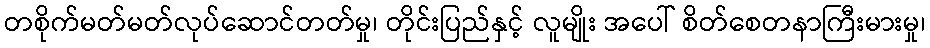
တစိုက်မတ်မတ်လုပ်ဆောင်တတ်မှု၊ တိုင်းပြည်နှင့် လူမျိုး အပေါ် စိတ်စေတနာကြီးမားမှု၊